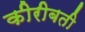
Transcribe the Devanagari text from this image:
कीरीबती